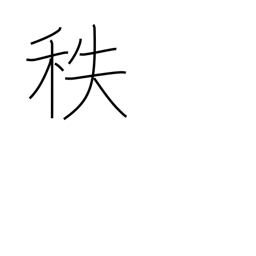
Meaning: salary